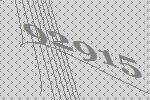
92915